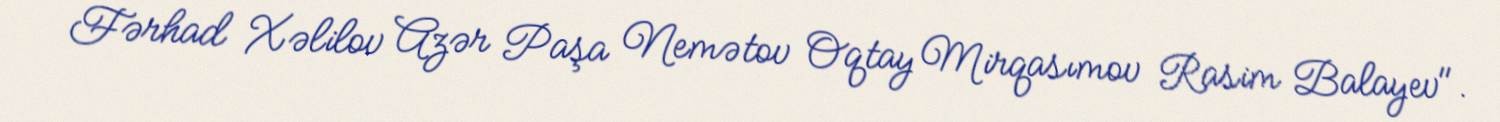
Fərhad Xəlilov Azər Paşa Nemətov Oqtay Mirqasımov Rasim Balayev".